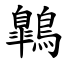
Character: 鷱